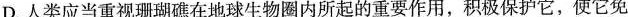
D.人类应当重视珊瑚礁在地球生物圈内所起的重要作用，积极保护它，使它免